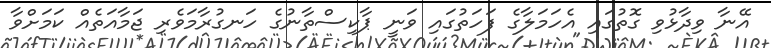
އޭނާ ވިދާޅުވި ގޮތުގައި އެހަމަލާގެ ފަހަތުގައި ވަނީ ޕާކިސްތާނުގެ ހަނގުރާމަވެރި ޖަމާއަތެއް ކަމަށްވާ